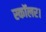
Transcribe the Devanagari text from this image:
स्कॉलर।